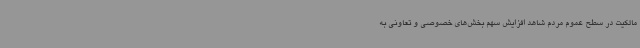
مالکیت در سطح عموم مردم شاهد افزایش سهم بخش‌های خصوصی و تعاونی به